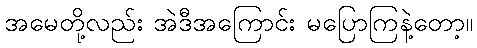
အမေတို့လည်း အဲဒီအကြောင်း မပြောကြနဲ့တော့။